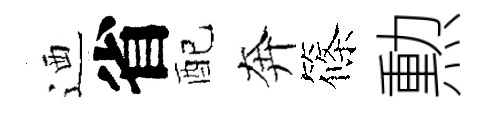
迺省配奔篠勲